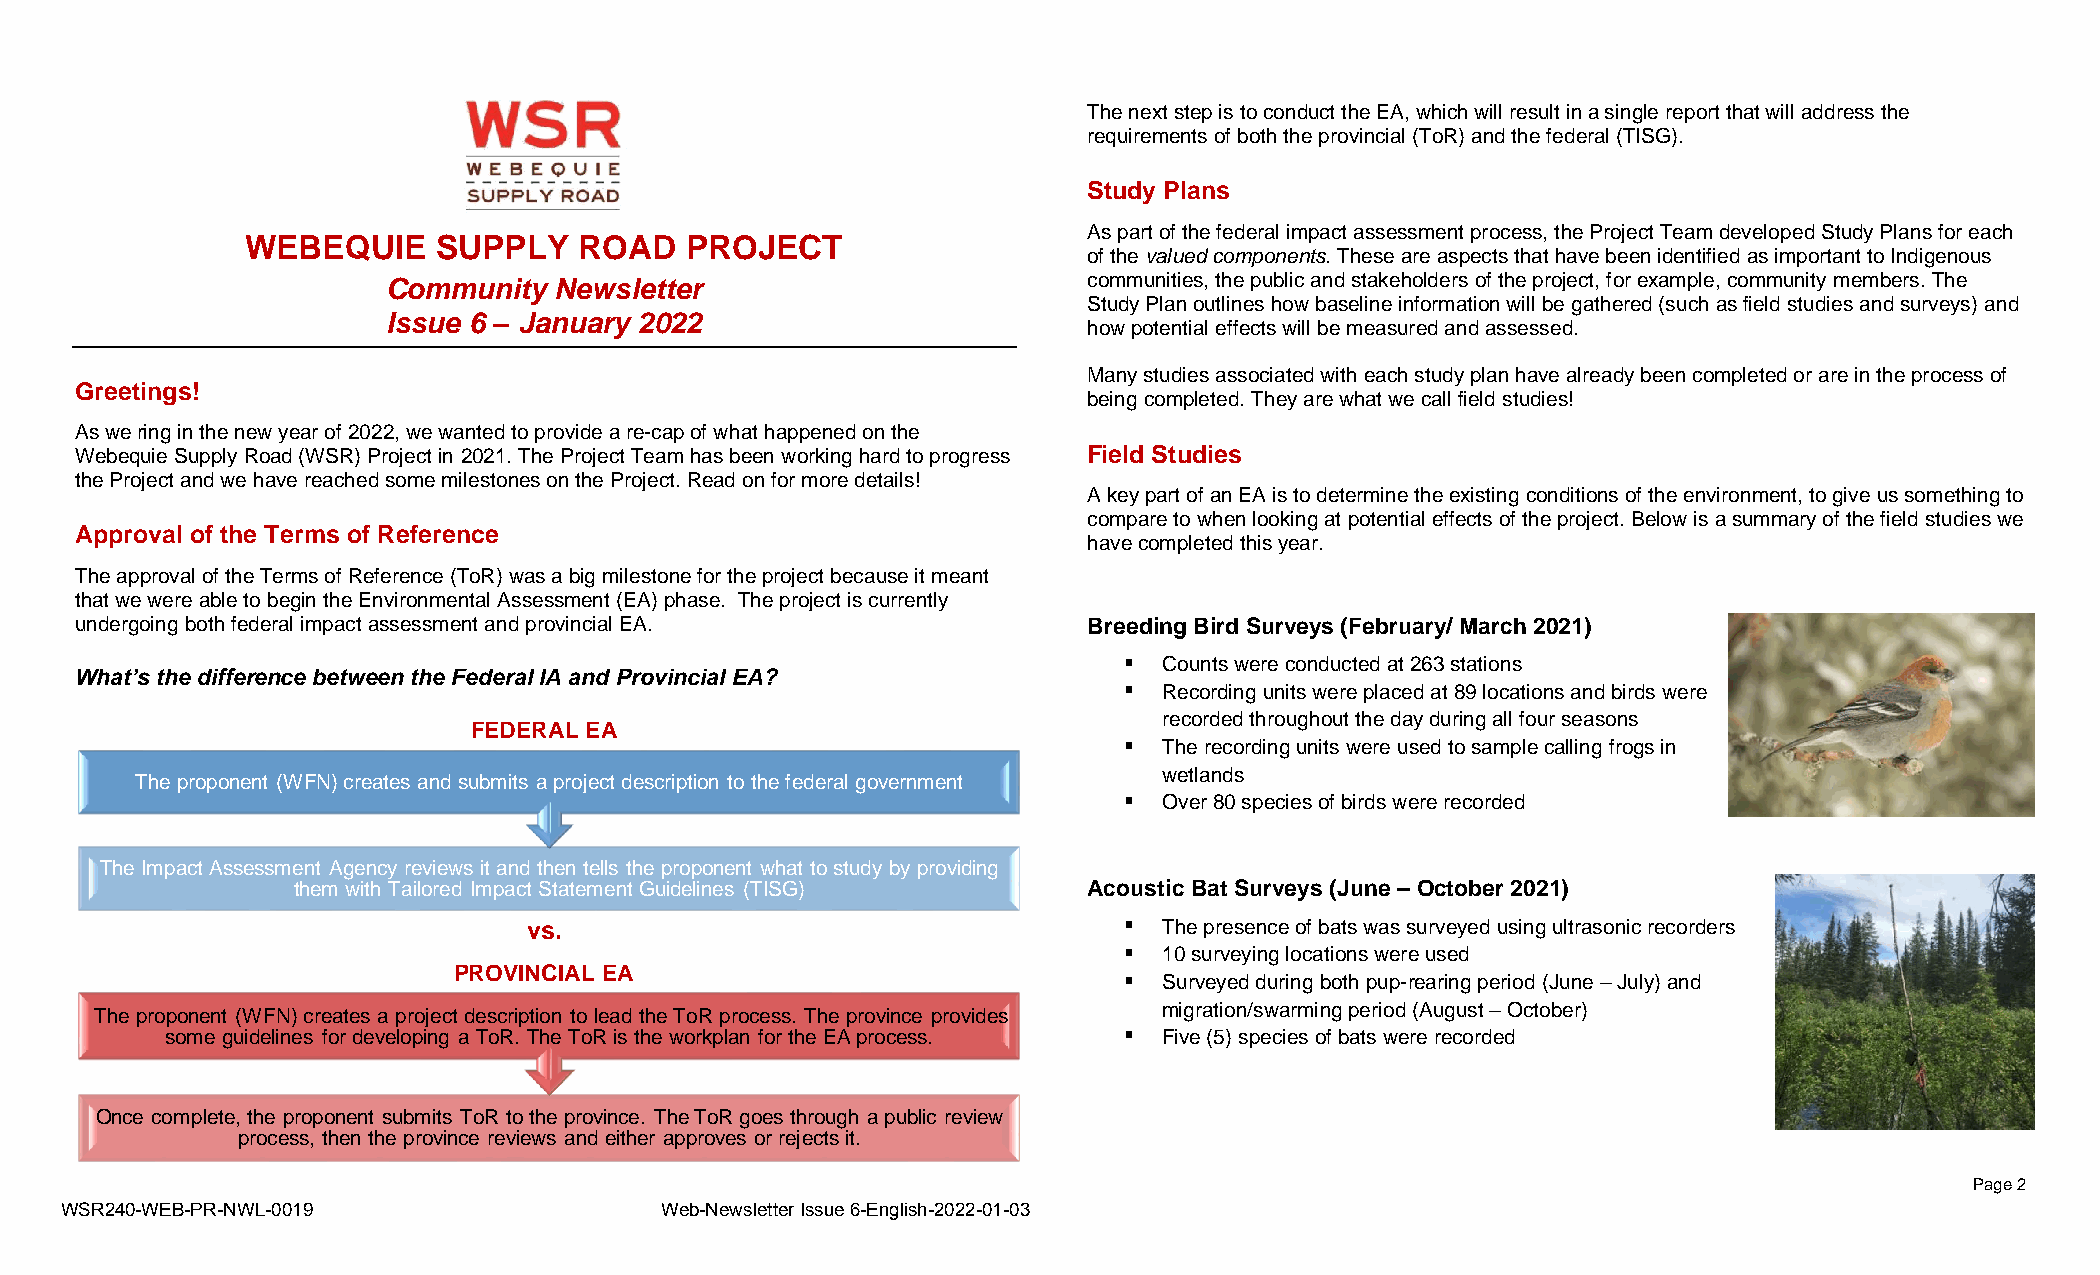
The next step is to conduct the EA, which will result in a single report that will address the
 requirements of both the provincial (ToR) and the federal (TISG).
 Study Plans
 As part of the federal impact assessment process, the Project Team developed Study Plans for each
 WEBEQUIE     SUPPLY   ROAD   PROJECT
 of the valued components. These are aspects that have been identified as important to Indigenous
 Community  Newsletter                         communities, the public and stakeholders of the project, for example, community members. The
 Study Plan outlines how baseline information will be gathered (such as field studies and surveys) and
 Issue 6 – January 2022
 how potential effects will be measured and assessed.
 Many studies associated with each study plan have already been completed or are in the process of
 Greetings!
 being completed. They are what we call field studies!
 As we ring in the new year of 2022, we wanted to provide a re-cap of what happened on the
 Webequie Supply Road (WSR) Project in 2021. The Project Team has been working hard to progress Field Studies
 the Project and we have reached some milestones on the Project. Read on for more details!
 A key part of an EA is to determine the existing conditions of the environment, to give us something to
 compare to when looking at potential effects of the project. Below is a summary of the field studies we
 Approval of the Terms of Reference
 have completed this year.
 The approval of the Terms of Reference (ToR) was a big milestone for the project because it meant
 that we were able to begin the Environmental Assessment (EA) phase. The project is currently
 undergoing both federal impact assessment and provincial EA.       Breeding Bird Surveys (February/ March 2021)
 Counts were conducted at 263 stations
 What’s the difference between the Federal IA and Provincial EA?
 Recording units were placed at 89 locations and birds were
 recorded throughout the day during all four seasons
 FEDERAL EA
 The recording units were used to sample calling frogs in
 wetlands
 The proponent (WFN) creates and submits a project description to the federal government
 Over 80 species of birds were recorded
 The Impact Assessment Agency reviews it and then tells the proponent what to study by providing
 them with Tailored Impact Statement Guidelines (TISG) Acoustic Bat Surveys (June – October 2021)
 vs.                                       The presence of bats was surveyed using ultrasonic recorders
 10 surveying locations were used
 PROVINCIAL EA
 Surveyed during both pup-rearing period (June – July) and
 The proponent (WFN) creates a project description to lead the ToR process. The province provides migration/swarming period (August – October)
 some guidelines for developing a ToR. The ToR is the workplan for the EA process. Five (5) species of bats were recorded
 Once complete, the proponent submits ToR to the province. TheToR goes through a public review
 process, then the province reviews and either approves or rejects it.
 Page 2
 WSR240-WEB-PR-NWL-0019                  Web-Newsletter Issue 6-English-2022-01-03